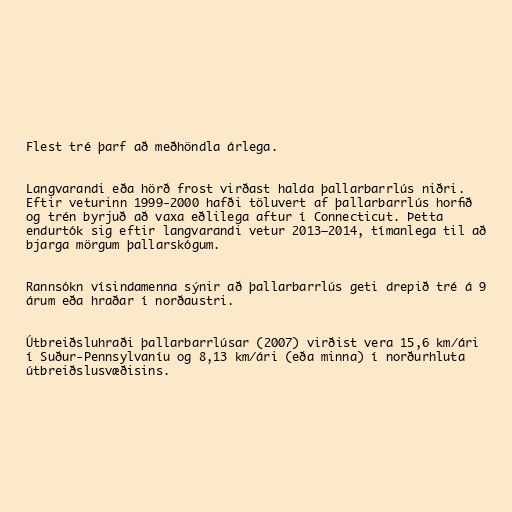
Flest tré þarf að meðhöndla árlega.

Langvarandi eða hörð frost virðast halda þallarbarrlús niðri.
Eftir veturinn 1999-2000 hafði töluvert af þallarbarrlús horfið
og trén byrjuð að vaxa eðlilega aftur í Connecticut. Þetta
endurtók sig eftir langvarandi vetur 2013–2014, tímanlega til að
bjarga mörgum þallarskógum.

Rannsókn vísindamenna sýnir að þallarbarrlús geti drepið tré á 9
árum eða hraðar í norðaustri.

Útbreiðsluhraði þallarbarrlúsar (2007) virðist vera 15,6 km/ári
í Suður-Pennsylvaníu og 8,13 km/ári (eða minna) í norðurhluta
útbreiðslusvæðisins.